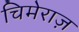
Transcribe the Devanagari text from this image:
चिमेराज़